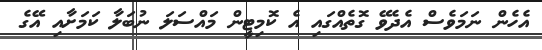
އެހެން ނަމަވެސް އެދެވޭ ގޮތެއްގައި އެ ކޮމިޓީން މައްސަލަ ނުބަލާ ކަމަށާއި އޭގެ